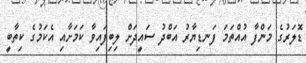
ޑޮލަރުގެ މަންފާ އުއްތަމަ ފަނޑިޔާރު އަބްދު ސައީދަށް ލިބިފައިވާ ކަމަށާއި އެކަމުގެ ކިތާބީ